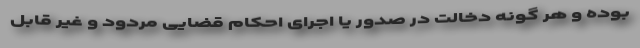
بوده و هر گونه دخالت در صدور یا اجرای احکام قضایی مردود و غیر قابل